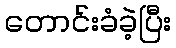
တောင်းခံခဲ့ပြီး